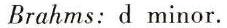
Brahms: d minor.